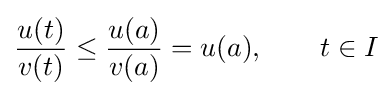
{\frac {u(t)}{v(t)}}\leq {\frac {u(a)}{v(a)}}=u(a),\qquad t\in I